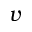
v